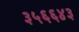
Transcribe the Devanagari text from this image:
३५६६४३